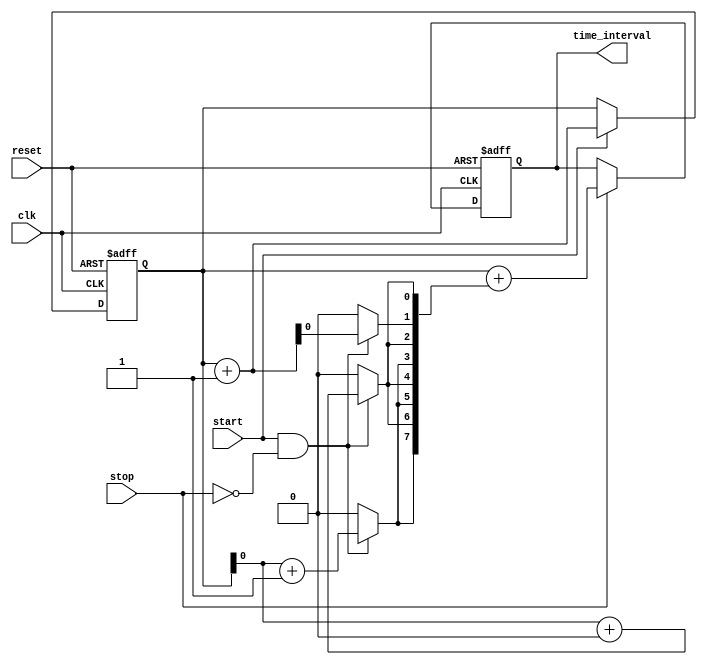
module TDC (
    input wire clk,               // System clock
    input wire reset,             // Reset signal
    input wire start,             // Start event signal
    input wire stop,              // Stop event signal
    output reg [15:0] time_interval // Output time interval (16-bit for simplicity)
);

// Parameters for the number of delay lines and their delay increments
parameter NUM_DELAY_LINES = 8;  // Number of delay lines
parameter DELAY_INCREMENT = 1;   // Delay increment for Vernier lines

// Internal signals
reg [15:0] counter;              // Coarse counter
reg [NUM_DELAY_LINES-1:0] delay_line_output; // Outputs from delay lines
reg sampling;                    // Sampling flag

// Vernier delay line generation (simplified)
generate
    genvar i;
    for (i = 0; i < NUM_DELAY_LINES; i = i + 1) begin : delay_lines
        // Each delay line introduces a different delay
        assign delay_line_output[i] = (start && !stop) ? (counter + i * DELAY_INCREMENT) : 0;
    end
endgenerate

// Counter logic
always @(posedge clk or posedge reset) begin
    if (reset) begin
        counter <= 16'b0;
    end else if (start) begin
        counter <= counter + 1; // Increment counter on clock when start is active
    end
end

// Sampling on stop signal
always @(posedge clk or posedge reset) begin
    if (reset) begin
        time_interval <= 16'b0;
        sampling <= 1'b0;
    end else if (stop) begin
        sampling <= 1'b1; // Set sampling flag on stop signal
        time_interval <= counter + delay_line_output; // Combine coarse and fine measurements
    end else begin
        sampling <= 1'b0; // Reset sampling flag
    end
end

endmodule